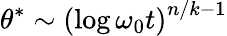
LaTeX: \theta^{*}\sim\left(\log\omega_{0}t\right)^{n/k-1}